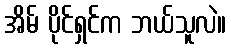
အိမ် ပိုင်ရှင်က ဘယ်သူလဲ။